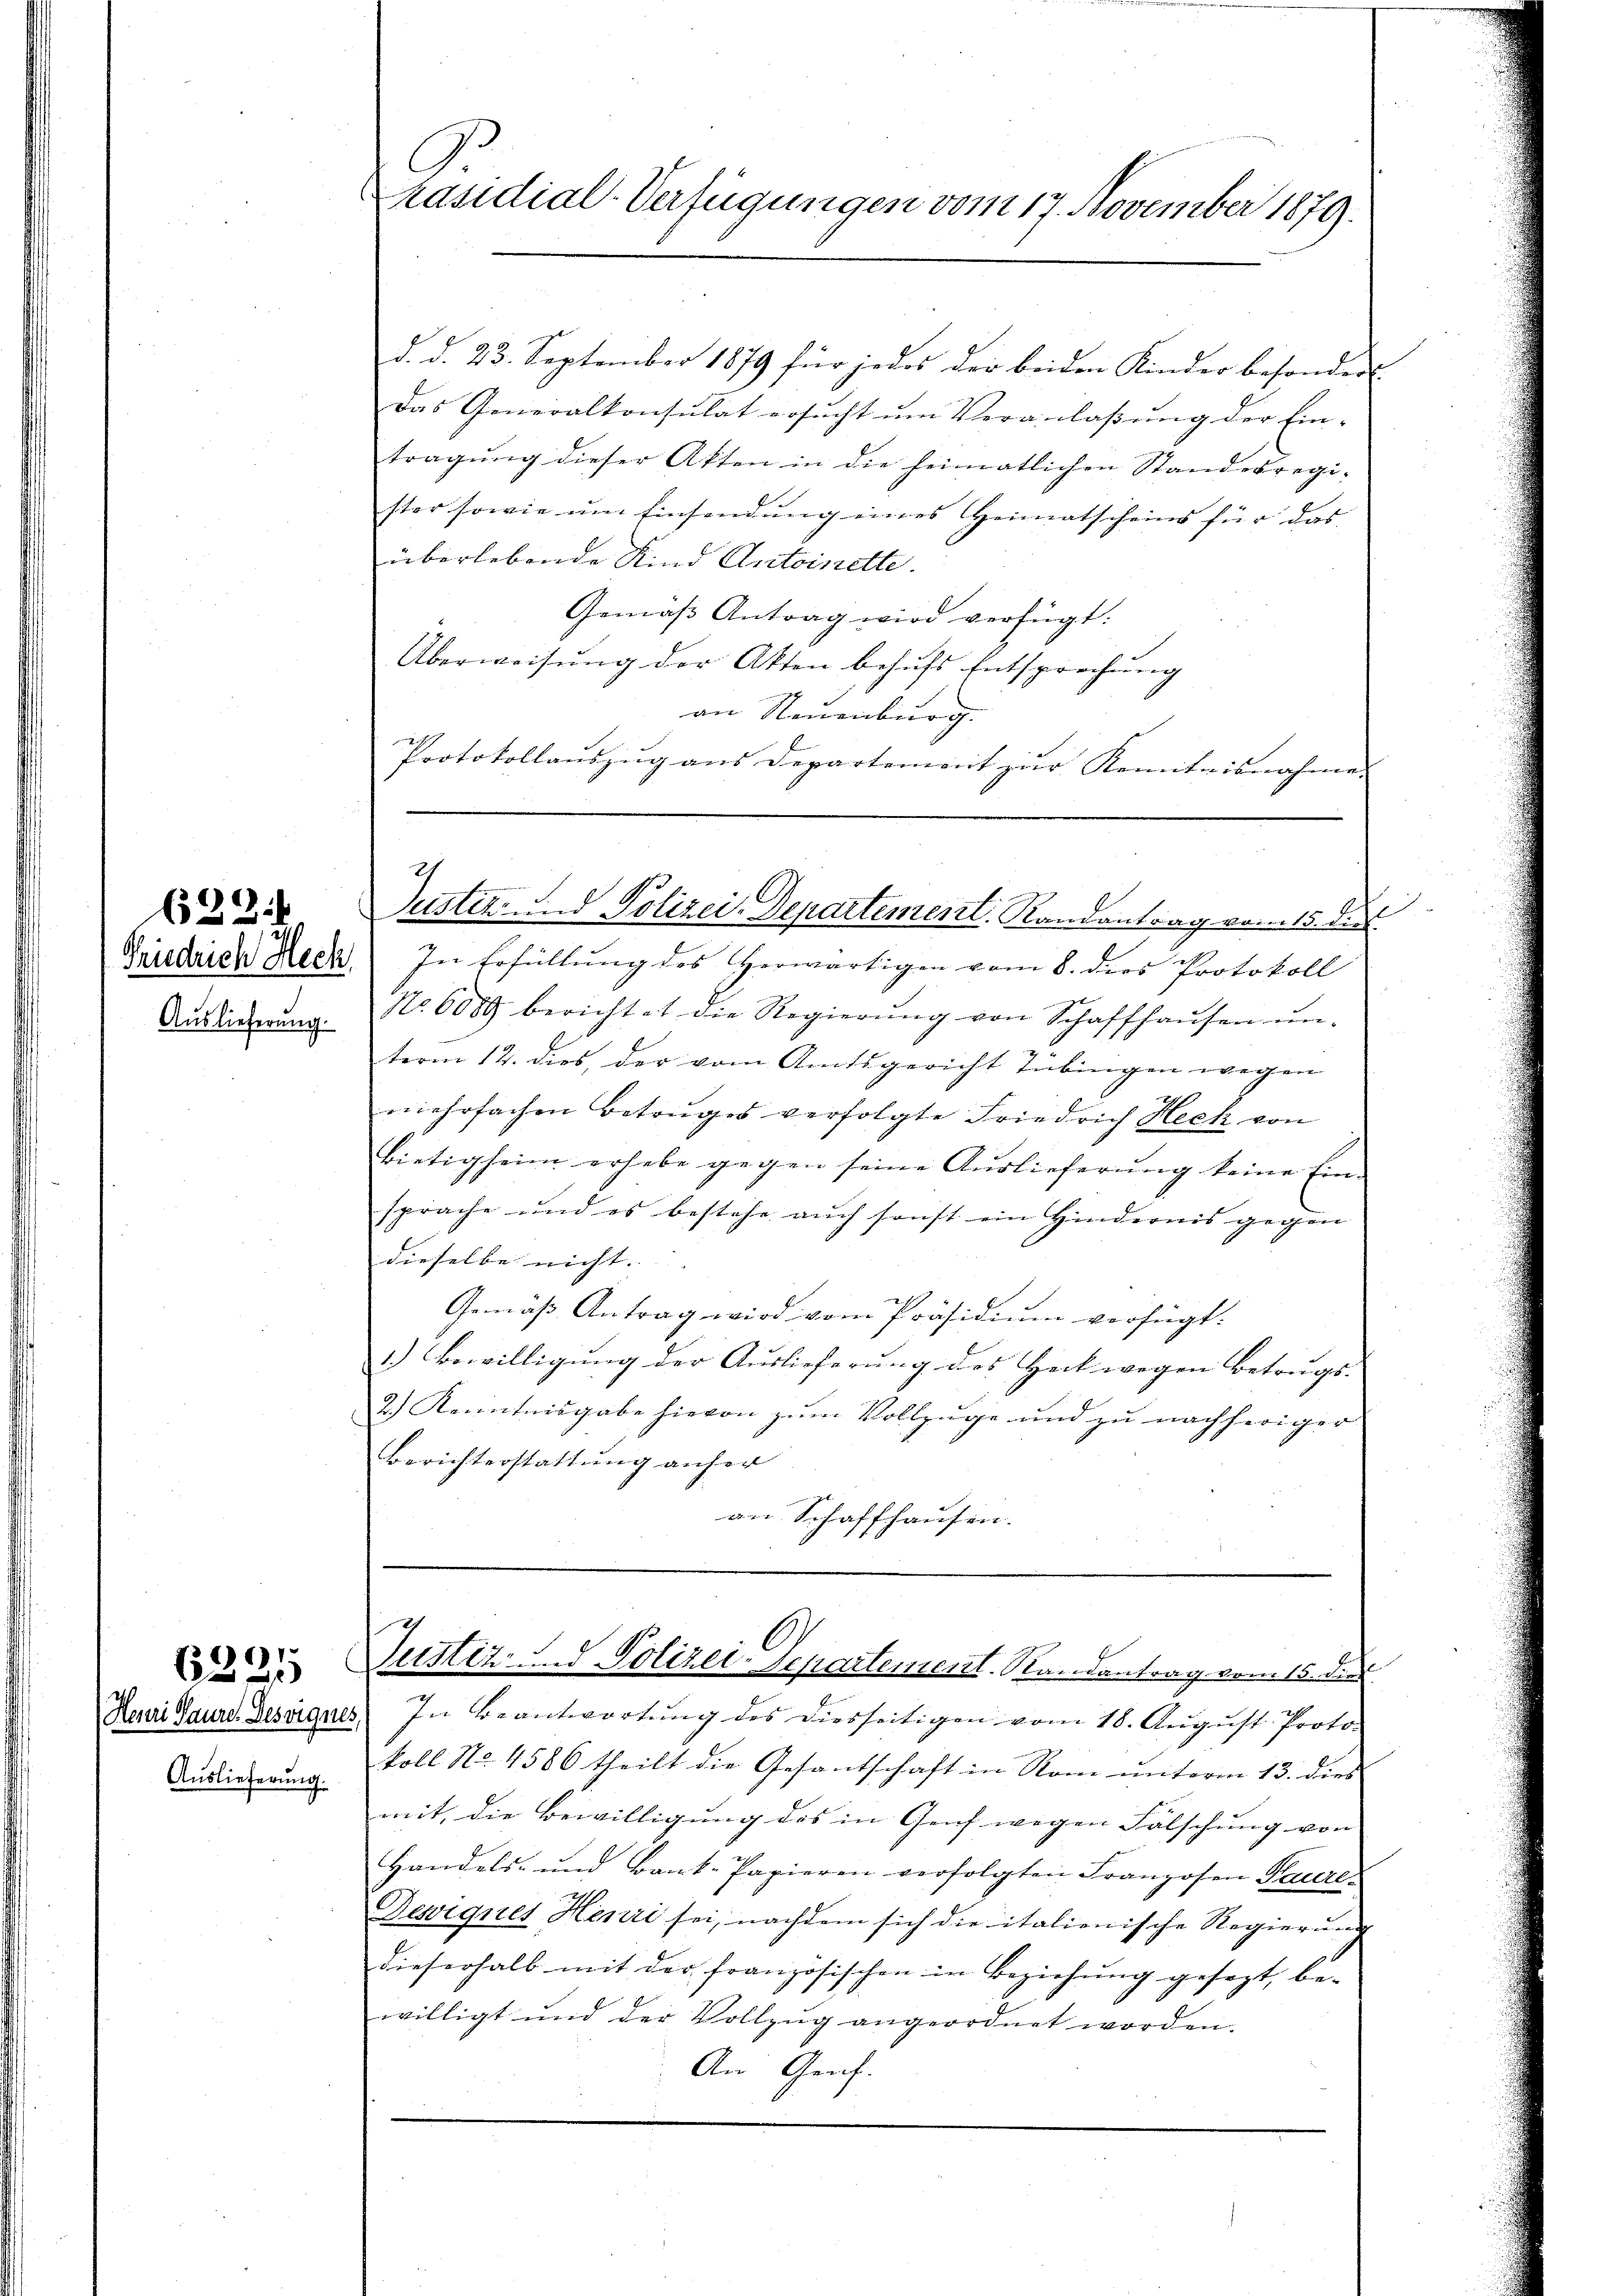
Friedrich Hech
Auslieferung.

622.

1
620

Auslieferung.

räsidial-Verfügungen vom 17. November 1879.

d. d. 23. September 1879 für jedes der beiden Kinder besondert.
Das Generalkonsulat ersucht um Veranlaßung der Ein-
tragŭng dieser Akten in die heimatlichen Standesregi-
ster sowie um Einsendung eines Heimatscheins für das |
überlebende Kind Antoinette.
Gemäß Antrag wird verfügt:
Überweisŭng der Akten behŭfs Entsprechung
an Neuenburg.
Protokollauszug aus Departement zur Kenntnisnahmen |

d
In Erfüllung des Herwärtigen vom 8. dies Protokoll
No. 6089 berichtet die Regierŭng von Schaffhaŭsen ŭn-
term 12. dies, der vom Amtsgericht Tübingen wegen
mehrfachen Betruges verfolgte Friedrich Heck von
bietigheim erhebe gegen seine Aŭslieferŭng keine Ein-
sprache und es bestehe auch sonst ein Hindernis gegen |
dieselbe nicht. |
Gemäß Antrag wird vom Präsidium verfügt:
1.) Bewilligung der Auslieferung des Heck wegen Betrugs- |
2.) Kenntnisgabe hievon zum Vollzuge und zu nachheriger
Berichterstattung anher
an Schaffhausen.

Justiz- und Polizei-Departement. Randantrag vom 15. dies

Justiz, und Polizei-Departement. Randantrag vom 15. die

Henri Taurd. Desegner, In Beantwortung des diesseitigen vom 18. August Proto-
koll No. 4586 theilt die Gesantschaft in Rom ŭnterm 13. dies
mit, die Bewilligung des in Genf wegen Fälschung von
Handels- und Bank-Papieren verfolgten Franzosen Pacere
Deviques Henri sei, nachdem sich die italienische Regierung
dieserhalb mit der französischen in Beziehŭng gesezt, be-
willigt und der Vollzŭg angeordnet worden.
An Genf.